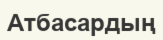
Атбасардың